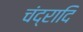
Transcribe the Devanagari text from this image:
चंद्रादि